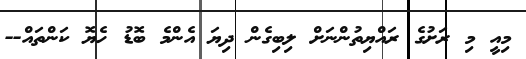
މިއީ މި ރަށުގެ ރައްޔިތުންނަށް ލިބިގެން ދިޔަ އެންމެ ބޮޑު ހެޔޮ ކަންތައް--